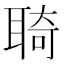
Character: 𦖊